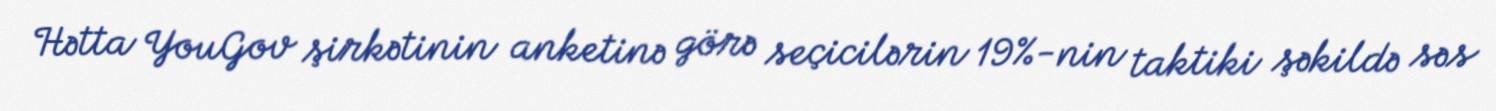
Hətta YouGov şirkətinin anketinə görə seçicilərin 19%-nin taktiki şəkildə səs